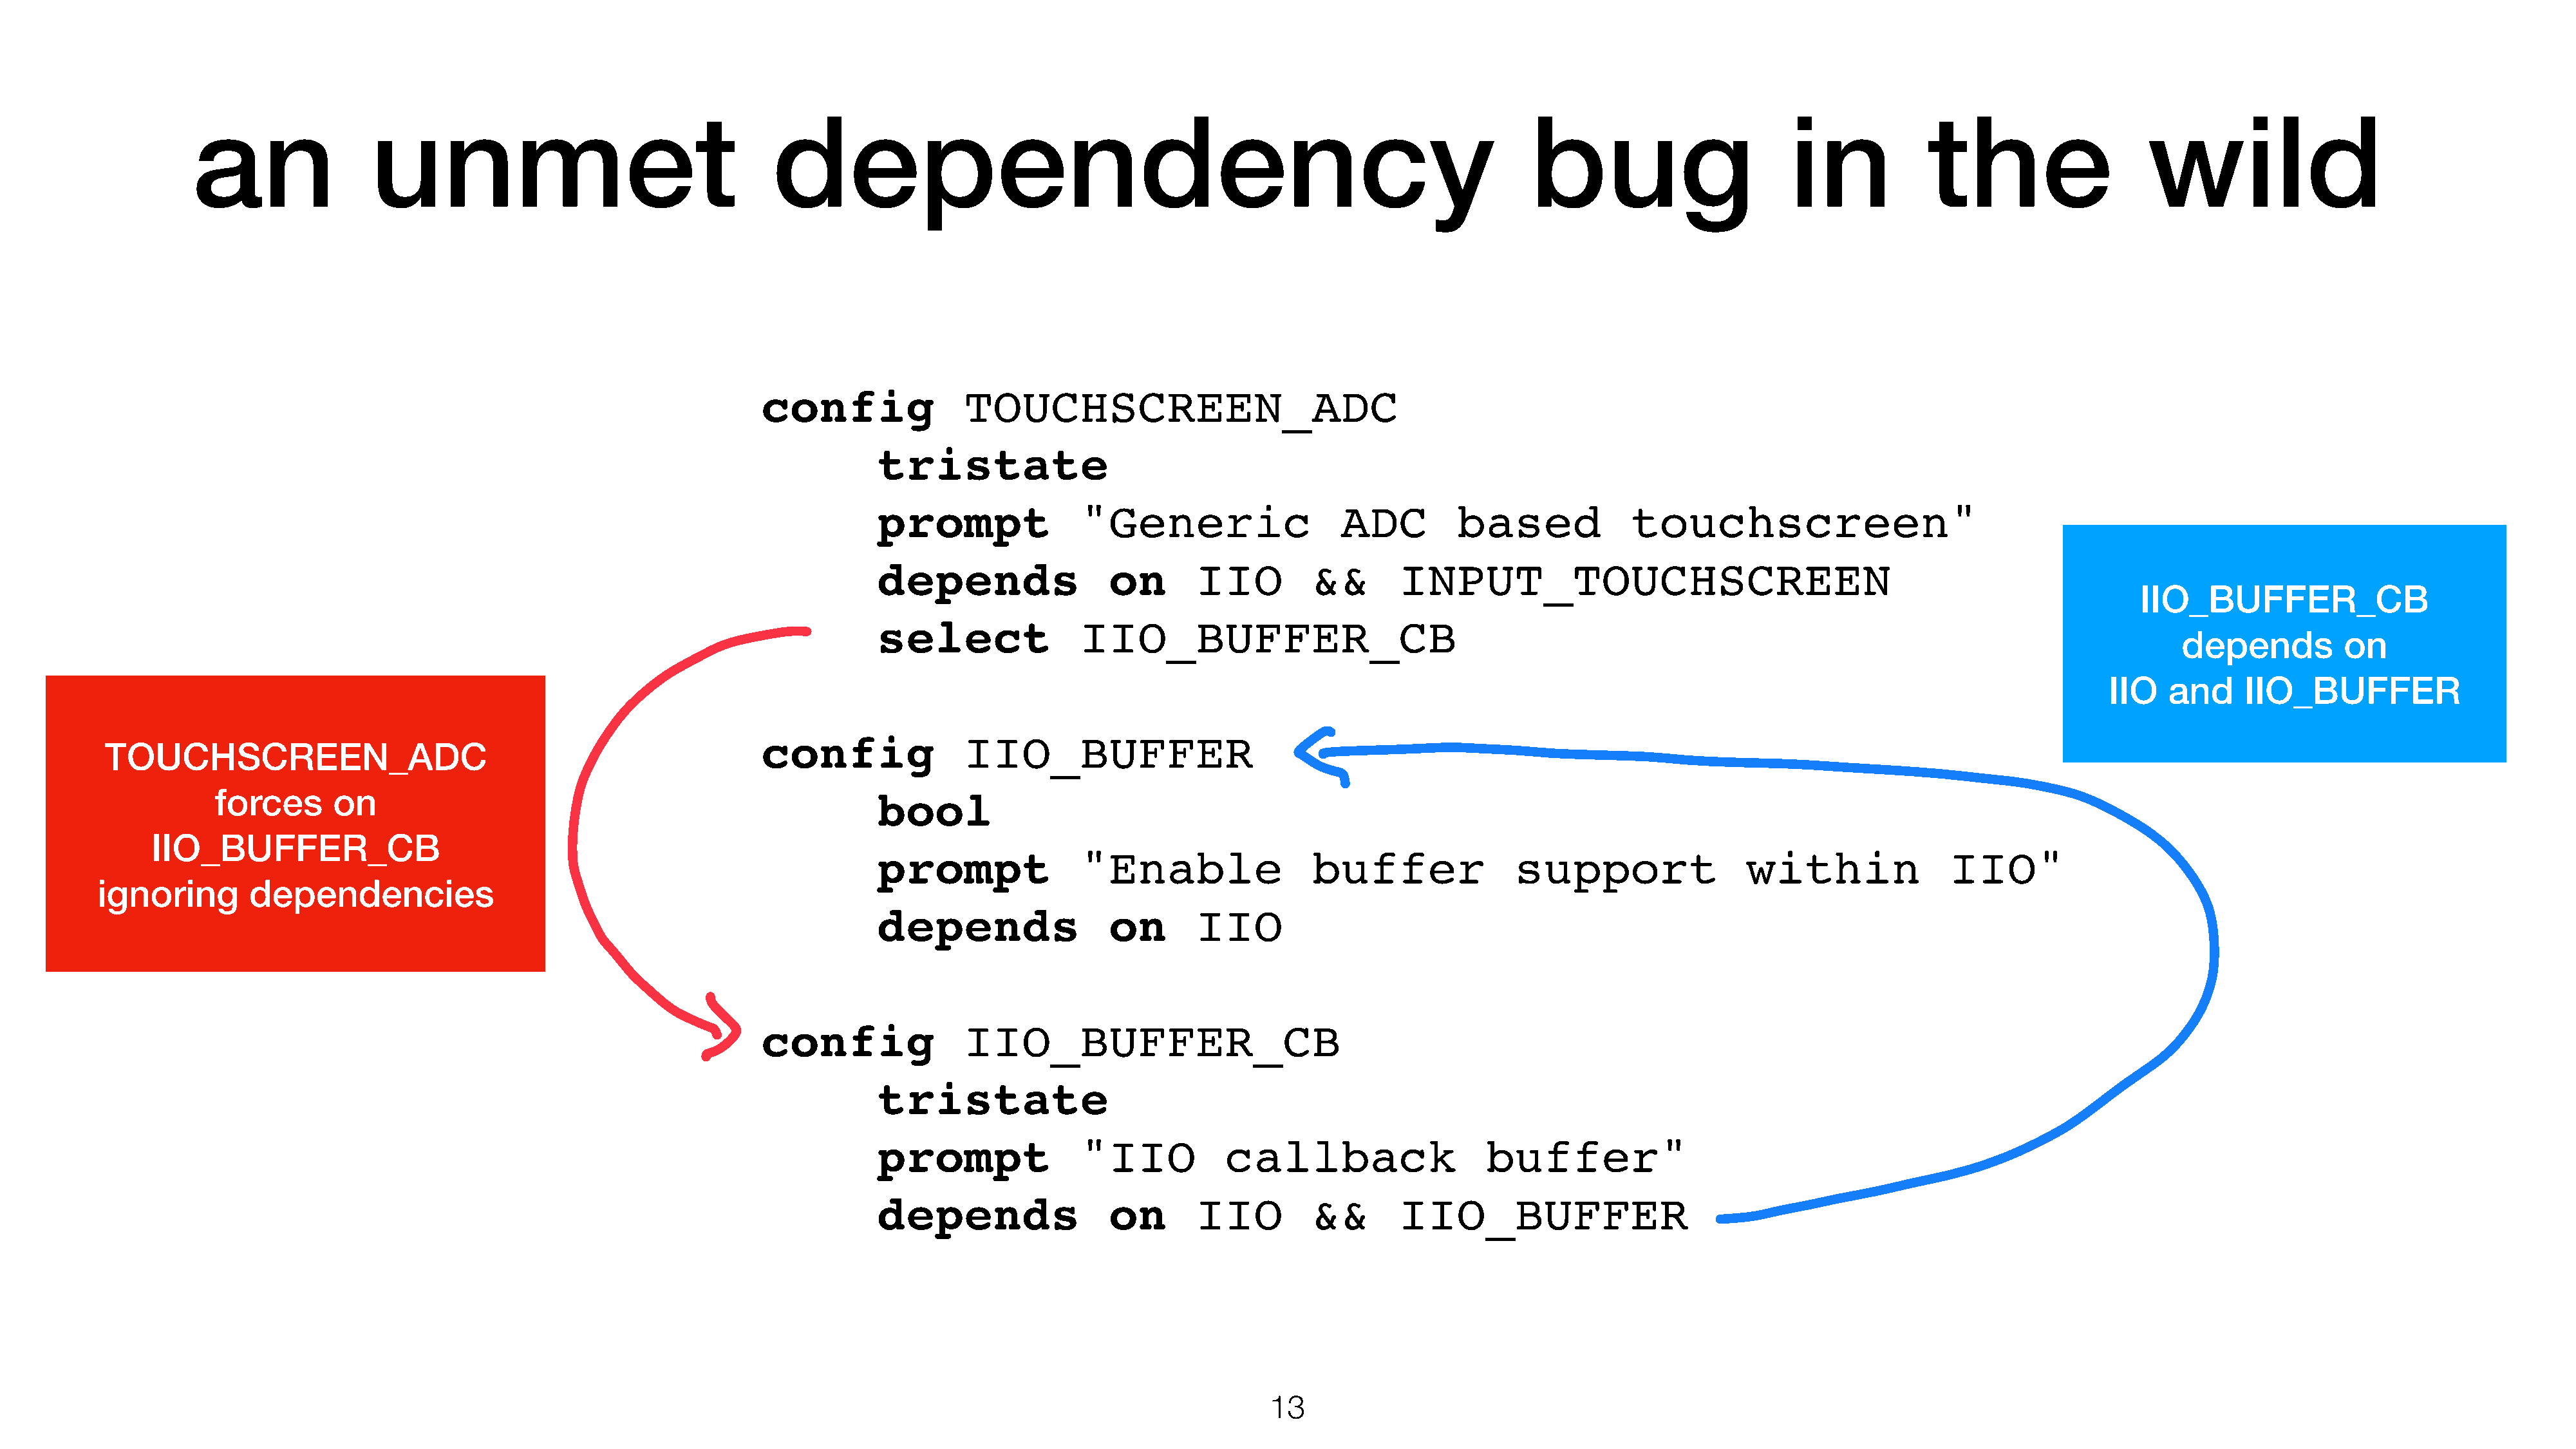
an                unmet                                    dependency                                                                    bug                        in            the                    wild
 config               TOUCHSCREEN_ADC
 tristate
 prompt               "Generic                   ADC         based             touchscreen"
 depends                 on       IIO         &&       INPUT_TOUCHSCREEN
 IIO_BUFFER_CB
 select               IIO_BUFFER_CB
 depends          on
 IIO   and     IIO_BUFFER
 config               IIO_BUFFER
 TOUCHSCREEN_ADC
 forces      on                                                      bool
 IIO_BUFFER_CB
 prompt               "Enable                 buffer               support                 within              IIO"
 ignoring        dependencies
 depends                 on       IIO
 config               IIO_BUFFER_CB
 tristate
 prompt               "IIO           callback                   buffer"
 depends                 on       IIO         &&       IIO_BUFFER
 13